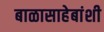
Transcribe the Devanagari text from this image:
बाळासाहेबांशी